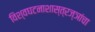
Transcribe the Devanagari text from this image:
विश्वघटनाशास्त्रज्ञांचा